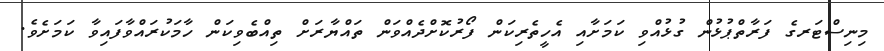
މިނިސްޓަރގެ ފަރާތްޕުޅުން ގުޅުއްވި ކަމަށާއި އެހީތެރިކަން ފޯރުކޮށްދެއްވަން ތައްޔާރަށް ތިއްބެވިކަން ހާމަކުރައްވާފައިވާ ކަމަށެވެ.